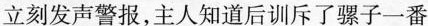
立刻发声警报，主人知道后训斥了骡子一番